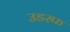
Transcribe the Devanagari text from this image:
उडस्फ